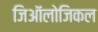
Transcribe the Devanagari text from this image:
जिऑलोजिकल